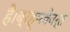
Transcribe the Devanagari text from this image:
है।ब्रह्मवैवर्त